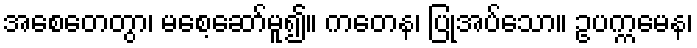
အစေတေတွာ၊ မစေ့ဆော်မူ၍။ ကတေန၊ ပြုအပ်သော။ ဥပက္ကမေန၊